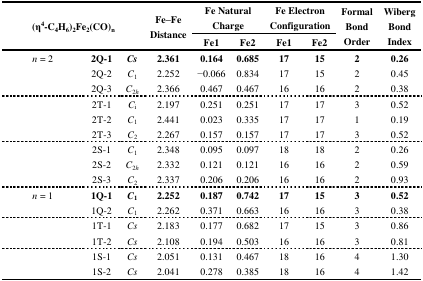
<table><thead><tr><td rowspan="3" colspan="3"><b>(η<sup>4</sup>-C<sub>4</sub>H<sub>6</sub>)<sub>2</sub>Fe<sub>2</sub>(CO)<sub>n</sub></b></td><td rowspan="3"><b>Fe–Fe Distance</b></td><td colspan="2"><b>Fe Natural Charge</b></td><td colspan="2"><b>Fe Electron Configuration</b></td><td rowspan="3"><b>Formal Bond Order</b></td><td rowspan="3"><b>Wiberg Bond Index</b></td></tr><tr><td><b>Fe1</b></td><td><b>Fe2</b></td><td><b>Fe1</b></td><td><b>Fe2</b></td></tr></thead><tbody><tr><td><i>n</i> = 2</td><td><b>2Q-1</b></td><td><b><i>Cs</i></b></td><td><b>2.361</b></td><td><b>0.164</b></td><td><b>0.685</b></td><td><b>17</b></td><td><b>15</b></td><td><b>2</b></td><td><b>0.26</b></td></tr><tr><td></td><td>2Q-2</td><td><i>C</i><sub>1</sub></td><td>2.252</td><td>−0.066</td><td>0.834</td><td>17</td><td>15</td><td>2</td><td>0.45</td></tr><tr><td></td><td>2Q-3</td><td><i>C</i><sub>2</sub><i><sub>h</sub></i></td><td>2.366</td><td>0.467</td><td>0.467</td><td>16</td><td>16</td><td>2</td><td>0.38</td></tr><tr><td></td><td>2T-1</td><td><i>C</i><sub>i</sub></td><td>2.197</td><td>0.251</td><td>0.251</td><td>17</td><td>17</td><td>3</td><td>0.52</td></tr><tr><td></td><td>2T-2</td><td><i>C</i><sub>1</sub></td><td>2.441</td><td>0.023</td><td>0.335</td><td>17</td><td>17</td><td>1</td><td>0.19</td></tr><tr><td></td><td>2T-3</td><td><i>C</i><sub>2</sub></td><td>2.267</td><td>0.157</td><td>0.157</td><td>17</td><td>17</td><td>3</td><td>0.52</td></tr><tr><td></td><td>2S-1</td><td><i>C</i><sub>1</sub></td><td>2.348</td><td>0.095</td><td>0.097</td><td>18</td><td>18</td><td>2</td><td>0.26</td></tr><tr><td></td><td>2S-2</td><td><i>C</i><sub>2</sub><i><sub>h</sub></i></td><td>2.332</td><td>0.121</td><td>0.121</td><td>16</td><td>16</td><td>2</td><td>0.59</td></tr><tr><td></td><td>2S-3</td><td><i>C</i><sub>2</sub></td><td>2.337</td><td>0.206</td><td>0.206</td><td>16</td><td>16</td><td>2</td><td>0.93</td></tr><tr><td><i>n</i> = 1</td><td><b>1Q-1</b></td><td><b><i>C</i><sub>1</sub></b></td><td><b>2.252</b></td><td><b>0.187</b></td><td><b>0.742</b></td><td><b>17</b></td><td><b>15</b></td><td><b>3</b></td><td><b>0.52</b></td></tr><tr><td></td><td>1Q-2</td><td><i>C</i><sub>1</sub></td><td>2.262</td><td>0.371</td><td>0.663</td><td>16</td><td>16</td><td>3</td><td>0.38</td></tr><tr><td></td><td>1T-1</td><td><i>Cs</i></td><td>2.183</td><td>0.177</td><td>0.682</td><td>17</td><td>15</td><td>3</td><td>0.86</td></tr><tr><td></td><td>1T-2</td><td><i>Cs</i></td><td>2.108</td><td>0.194</td><td>0.503</td><td>16</td><td>16</td><td>3</td><td>0.81</td></tr><tr><td></td><td>1S-1</td><td><i>Cs</i></td><td>2.051</td><td>0.131</td><td>0.467</td><td>18</td><td>16</td><td>4</td><td>1.30</td></tr><tr><td></td><td>1S-2</td><td><i>Cs</i></td><td>2.041</td><td>0.278</td><td>0.385</td><td>18</td><td>16</td><td>4</td><td>1.42</td></tr></tbody></table>